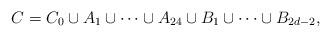
LaTeX: \begin{align*} C = C_0 \cup A_1 \cup \dots \cup A_{24} \cup B_1 \cup \dots \cup B_{2d-2}, \end{align*}